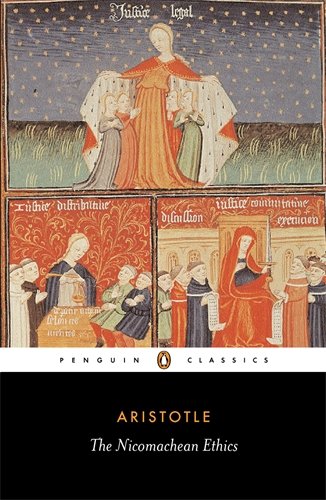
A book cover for The Nicomachean Ethics (Penguin Classics); Aristotle; Politics & Social Sciences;